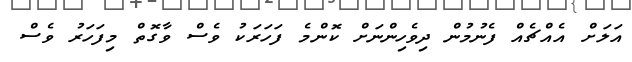
އަލަށް އެއްޗެއް ފެނުމުން ދިވެހިންނަށް ކޮންމެ ފަހަރަކު ވެސް ވާގޮތް މިފަހަރު ވެސް